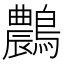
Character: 𪆯